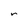
Character: r